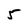
Character: 5